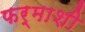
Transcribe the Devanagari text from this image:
फर्माशी